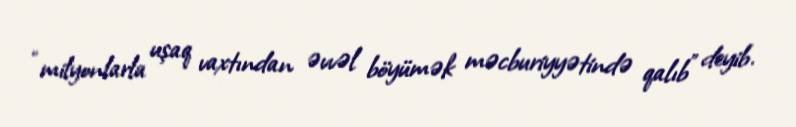
“milyonlarla uşaq vaxtından əvvəl böyümək məcburiyyətində qalıb” deyib.